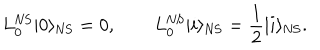
L _ { 0 } ^ { \mathrm { N S } } | 0 \rangle _ { \mathrm { N S } } = 0 , \qquad L _ { 0 } ^ { \mathrm { N S } } | i \rangle _ { \mathrm { N S } } = \frac { 1 } { 2 } | i \rangle _ { \mathrm { N S } } .